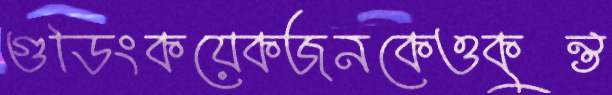
গুডিংকয়েকজনকেওকুন্ত